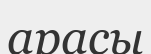
арасы